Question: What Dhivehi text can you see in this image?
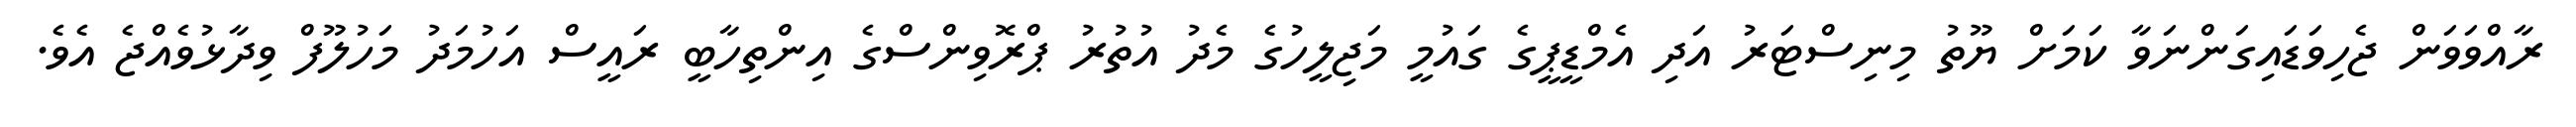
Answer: ރާއްވަވަން ޖެހިވަޑައިގަންނަވާ ކަމަށް ޔޫތު މިނިސްޓަރު އަދި އެމްޑީޕީގެ ގައުމީ މަޖިލީހުގެ މެދު އުތުރު ޕްރޮވިންސްގެ އިންތިހާބީ ރައީސް އަހުމަދު މަހުލޫފް ވިދާޅުވެއްޖެ އެވެ.